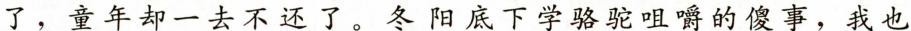
了，童年却一去不还了。冬阳底下学骆驼咀嚼的傻事，我也